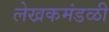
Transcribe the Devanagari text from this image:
लेखकमंडळी